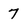
Character: 7